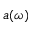
a ( \omega )